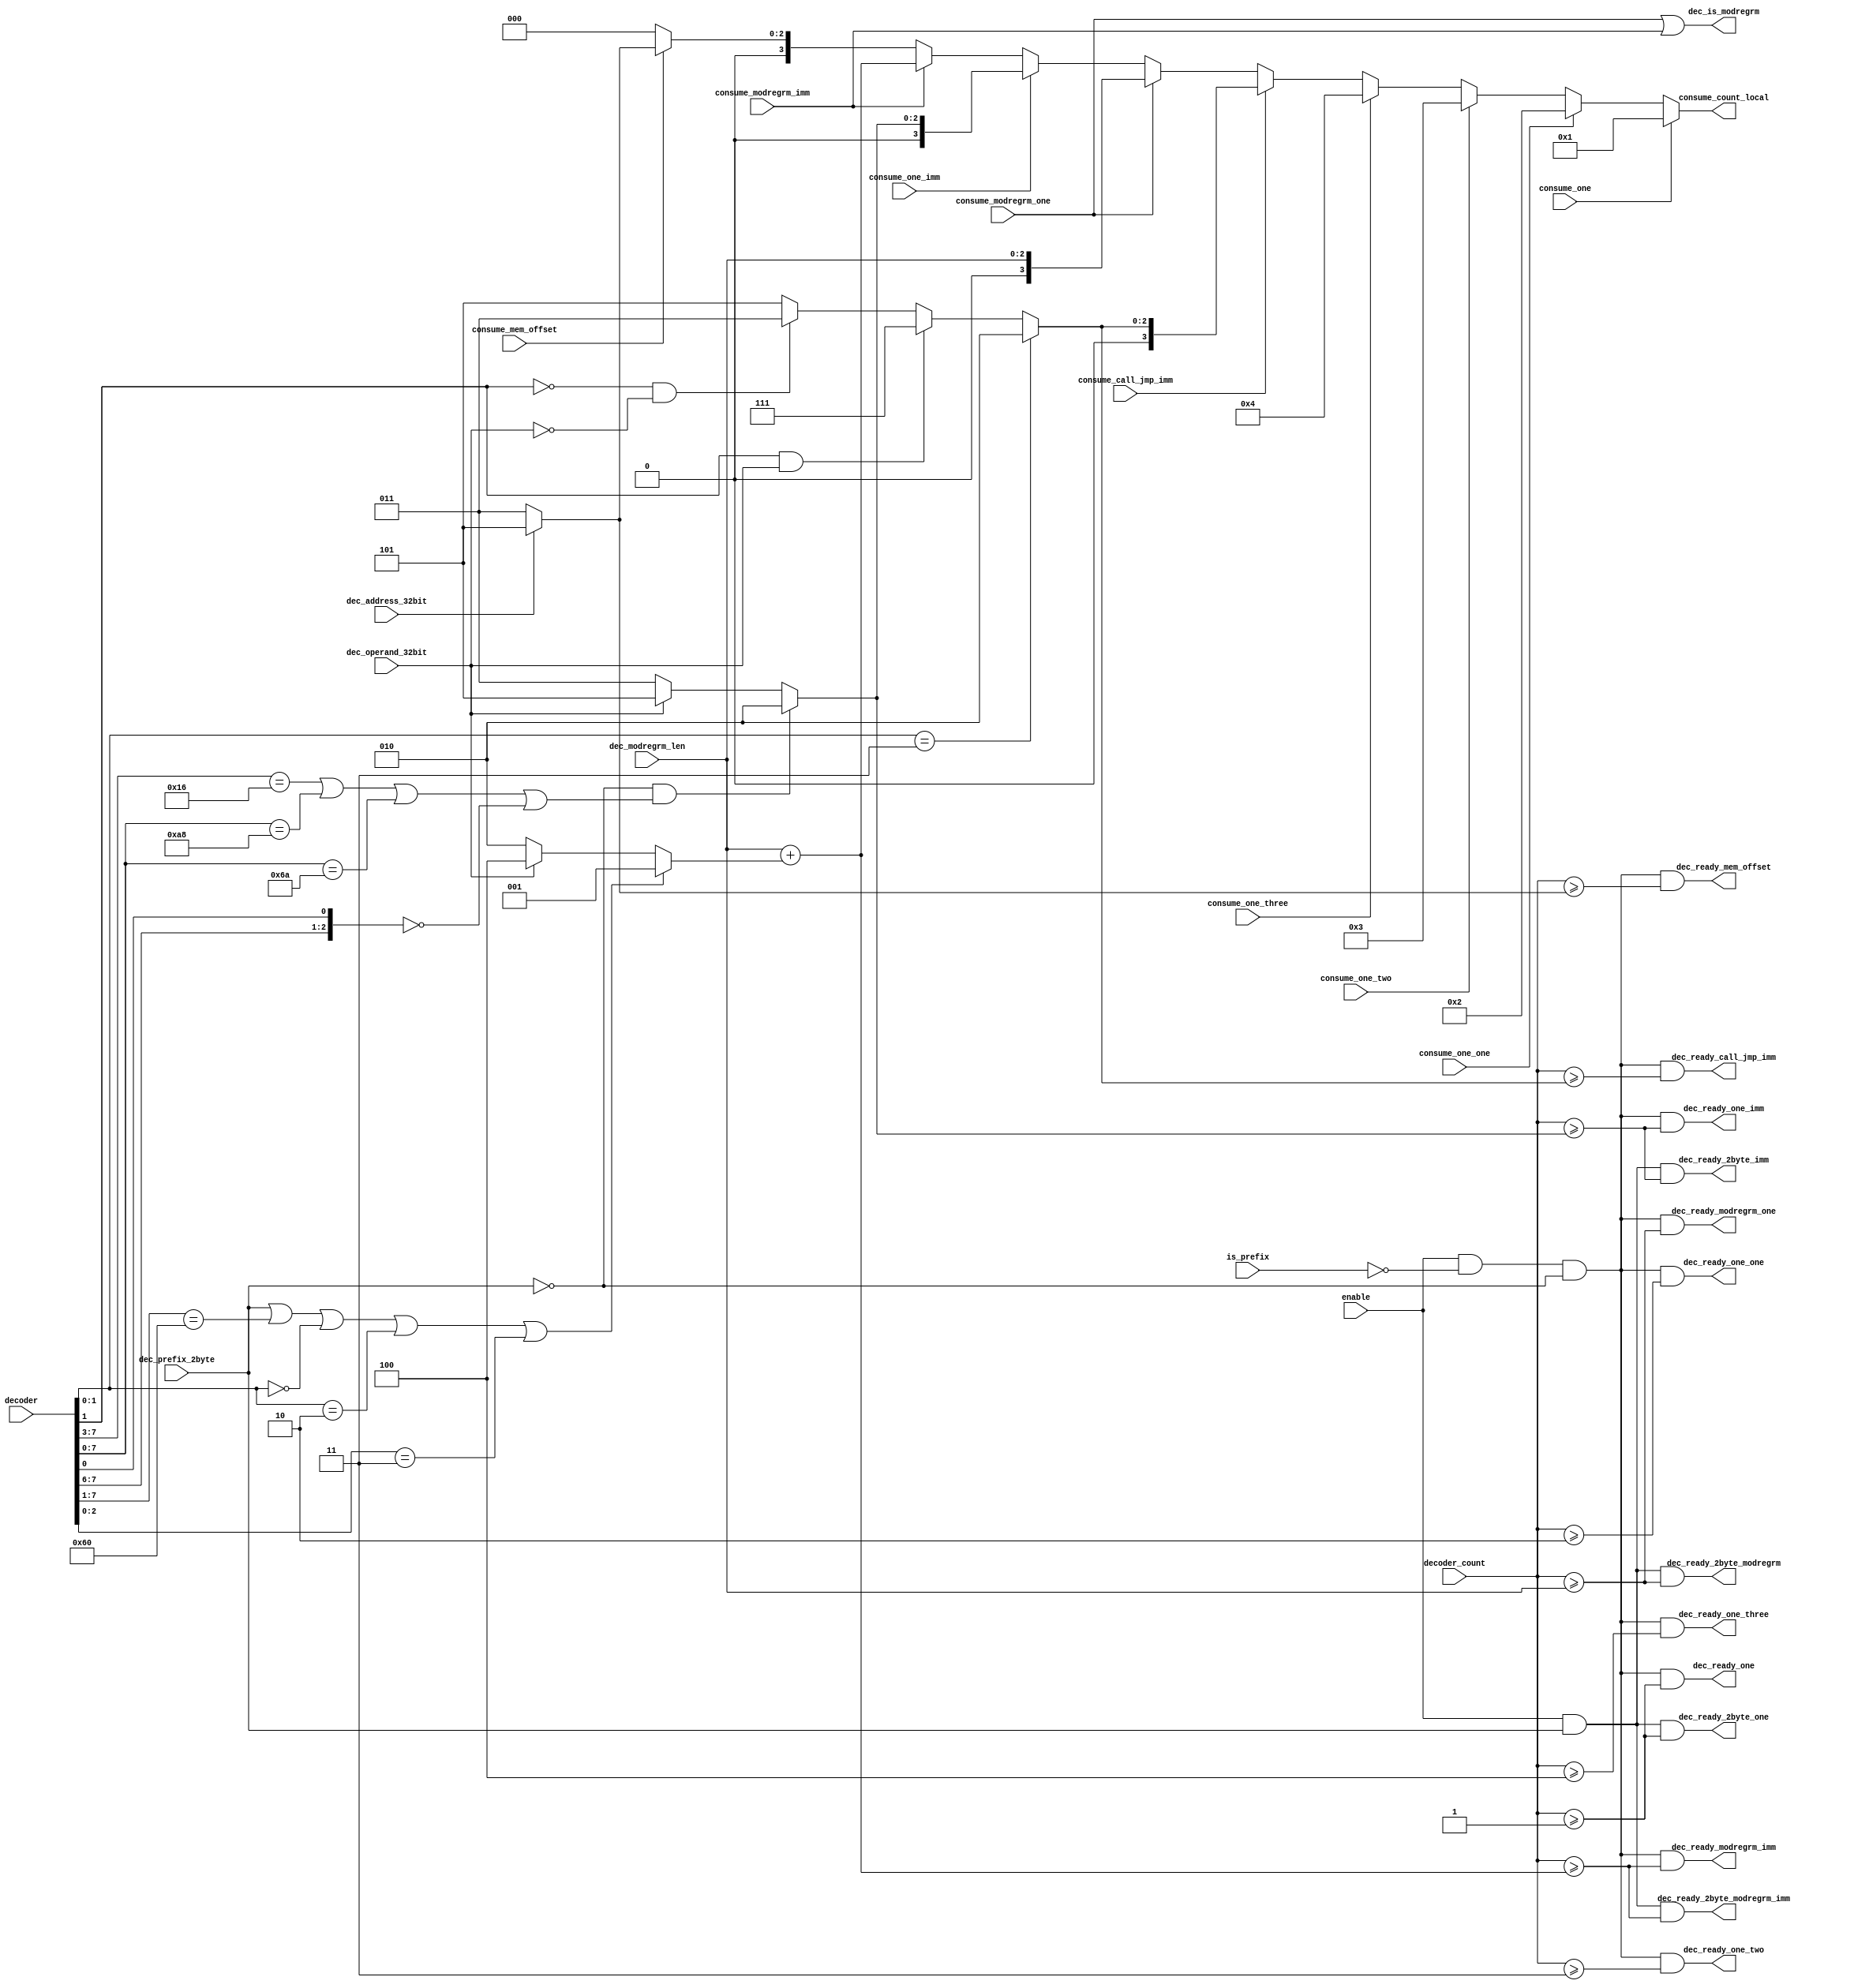
/*
 * Copyright (c) 2014, Aleksander Osman
 * All rights reserved.
 * 
 * Redistribution and use in source and binary forms, with or without
 * modification, are permitted provided that the following conditions are met:
 * 
 * * Redistributions of source code must retain the above copyright notice, this
 *   list of conditions and the following disclaimer.
 * 
 * * Redistributions in binary form must reproduce the above copyright notice,
 *   this list of conditions and the following disclaimer in the documentation
 *   and/or other materials provided with the distribution.
 * 
 * THIS SOFTWARE IS PROVIDED BY THE COPYRIGHT HOLDERS AND CONTRIBUTORS "AS IS"
 * AND ANY EXPRESS OR IMPLIED WARRANTIES, INCLUDING, BUT NOT LIMITED TO, THE
 * IMPLIED WARRANTIES OF MERCHANTABILITY AND FITNESS FOR A PARTICULAR PURPOSE ARE
 * DISCLAIMED. IN NO EVENT SHALL THE COPYRIGHT HOLDER OR CONTRIBUTORS BE LIABLE
 * FOR ANY DIRECT, INDIRECT, INCIDENTAL, SPECIAL, EXEMPLARY, OR CONSEQUENTIAL
 * DAMAGES (INCLUDING, BUT NOT LIMITED TO, PROCUREMENT OF SUBSTITUTE GOODS OR
 * SERVICES; LOSS OF USE, DATA, OR PROFITS; OR BUSINESS INTERRUPTION) HOWEVER
 * CAUSED AND ON ANY THEORY OF LIABILITY, WHETHER IN CONTRACT, STRICT LIABILITY,
 * OR TORT (INCLUDING NEGLIGENCE OR OTHERWISE) ARISING IN ANY WAY OUT OF THE USE
 * OF THIS SOFTWARE, EVEN IF ADVISED OF THE POSSIBILITY OF SUCH DAMAGE.
 */

module decode_ready(
    
    input               enable,
    input               is_prefix,
    input       [3:0]   decoder_count,
    
    input       [95:0]  decoder,
    
    input               dec_operand_32bit,
    input               dec_address_32bit,
    
    input               dec_prefix_2byte,
    input       [2:0]   dec_modregrm_len,
    
    
    output              dec_ready_one,
    output              dec_ready_one_one,
    output              dec_ready_one_two,
    output              dec_ready_one_three,
    output              dec_ready_2byte_one,
    output              dec_ready_modregrm_one,
    output              dec_ready_2byte_modregrm,
    output              dec_ready_call_jmp_imm,
    output              dec_ready_one_imm,
    output              dec_ready_2byte_imm,
    output              dec_ready_mem_offset,
    output              dec_ready_modregrm_imm,
    output              dec_ready_2byte_modregrm_imm,
    
    input               consume_one,
    input               consume_one_one,
    input               consume_one_two,
    input               consume_one_three,
    input               consume_call_jmp_imm,
    input               consume_modregrm_one,
    input               consume_one_imm,
    input               consume_modregrm_imm,
    input               consume_mem_offset,
    
    output      [3:0]   consume_count_local,
    output              dec_is_modregrm
);

//------------------------------------------------------------------------------

wire [2:0] call_jmp_imm_len;
wire [2:0] one_imm_len;
wire [2:0] mem_offset_len;

wire [2:0] modregrm_imm_only_len;
wire [3:0] modregrm_imm_len;

//------------------------------------------------------------------------------

assign dec_is_modregrm = consume_modregrm_one || consume_modregrm_imm;

//------------------------------------------------------------------------------

/* 
 * CALL imm:
 * (@decoder[7:0] == 8'h9A || @decoder[7:0] == 8'hE8)
 *      decoder[7:0] == 8'h9A && operand_32bit  --> 7
 *      decoder[7:0] == 8'h9A                   --> 5
 *      operand_32bit                           --> 5
 *                                              --> 3
 * 
 * JMP imm:
 * (@decoder[7:0] == 8'hEA || @decoder[7:0] == 8'hE9 || @decoder[7:0] == 8'hEB)
 *      decoder[7:0] == 8'hEB                   --> 2
 *      decoder[7:0] == 8'hEA && operand_32bit  --> 7
 *      decoder[7:0] == 8'hEA                   --> 5
 *      operand_32bit                           --> 5
 *                                              --> 3 
 */
assign call_jmp_imm_len =
    // 8'hEB
    (decoder[1:0] == 2'b11)?                      3'd2 :
    // (8'h9A or 8'hEA) and 32bit
    (decoder[1] == 1'b1 && dec_operand_32bit)?    3'd7 :
    // (8'hE8 or 8'hE9) and 16bit
    (decoder[1] == 1'b0 && ~(dec_operand_32bit))? 3'd3 :
    // else
                                                  3'd5;
                                                
/* Arithmetic:
 * @decoder[7:6] == 2'b00 && @decoder[2:1] == 2'b10
 *      decoder[0] == 1'b0                      --> 2
 *      operand_32bit                           --> 5
 *                                              --> 3
 * 
 * PUSH imm:
 * (@decoder[7:0] == 8'h6A || @decoder[7:0] == 8'h68)
 *      decoder[7:0] == 8'h6A                   --> 2
 *      operand_32bit                           --> 5
 *                                              --> 3
 * 
 * TEST imm:
 * { @decoder[7:1], 1'b0 } == 8'hA8
 *      decoder[0] == 1'b0                      --> 2
 *      operand_32bit                           --> 5
 *                                              --> 3
 * MOV imm:
 * @decoder[7:4] == 4'hB
 *      decoder[7:3] != 8'hB8                   --> 2
 *      operand_32bit                           --> 5
 *                                              --> 3
 * Jcc:
 * @decoder_ready_2byte_imm && @decoder[7:4] == 4'h8
 *      operand_32bit                           --> 5
 *                                              --> 3
 */
assign one_imm_len =
    (~(dec_prefix_2byte) && ({ decoder[7:3], 3'b0 } == 8'hB0 || decoder[7:0] == 8'hA8 || decoder[7:0] == 8'h6A ||
                             { decoder[7:6], decoder[0] } == 3'b000 ))?     3'd2 :
    (dec_operand_32bit)?                                                    3'd5 :
                                                                            3'd3;

assign mem_offset_len = (dec_address_32bit)? 3'd5 : 3'd3;

/* Arithmetic:
 * (@decoder[7:0] == 8'h80 || @decoder[7:0] == 8'h81 || @decoder[7:0] == 8'h83)
 *      decoder[7:0] == 8'h80 || decoder[7:0] == 8'h83              --> 1
 *      operand_32bit                                               --> 4
 *                                                                  --> 2
 * 
 * IMUL:
 * (@decoder[7:0] == 8'h69 || @decoder[7:0] == 8'h6B)
 *      decoder[7:0] == 8'h6B                                       --> 1
 *      operand_32bit                                               --> 4
 *                                                                  --> 2
 * 
 * TEST:
 *  { @decoder[7:1], 1'b0 } == 8'hF6 && { @decoder[13:12], 1'b0 } == 3'd0
 *      decoder[7:0] == 8'hF6                                       --> 1
 *      operand_32bit                                               --> 4
 *                                                                  --> 2
 * 
 * MOV:
 *  { @decoder[7:1], 1'b0 } == 8'hC6 && @decoder[13:11] == 3'd0
 *      decoder[7:0] == 8'hC6                                       --> 1
 *      operand_32bit                                               --> 4
 *                                                                  --> 2
 * 
 * Shift:
 *  { @decoder[7:1], 1'b0 } == 8'hC0                                --> 1
 *                                                                  
 * 
 * prefix_2byte                                                     --> 1
 */
assign modregrm_imm_only_len =
    (dec_prefix_2byte || { decoder[7:1], 1'b0 } == 8'hC0 || decoder[1:0] == 2'b00 || decoder[1:0] == 2'b10 || decoder[2:0] == 3'b011)?
                                                                            3'd1 :
    (dec_operand_32bit)?                                                    3'd4 :
                                                                            3'd2;


assign modregrm_imm_len = { 1'b0, dec_modregrm_len } + { 1'b0,  modregrm_imm_only_len };


//------------------------------------------------------------------------------

assign consume_count_local =
    (consume_one)?              4'd1 :
    (consume_one_one)?          4'd2 :
    (consume_one_two)?          4'd3 :
    (consume_one_three)?        4'd4 :
    (consume_call_jmp_imm)?     { 1'b0, call_jmp_imm_len } :
    (consume_modregrm_one)?     { 1'b0, dec_modregrm_len } :
    (consume_one_imm)?          { 1'b0, one_imm_len } :
    (consume_modregrm_imm)?     modregrm_imm_len :
    (consume_mem_offset)?       { 1'b0, mem_offset_len } :
                                4'd0;

//------------------------------------------------------------------------------

assign dec_ready_one                = enable && ~(is_prefix) && ~(dec_prefix_2byte) && decoder_count >= 4'd1;
    
assign dec_ready_one_one            = enable && ~(is_prefix) && ~(dec_prefix_2byte) && decoder_count >= 4'd2;

assign dec_ready_one_two            = enable && ~(is_prefix) && ~(dec_prefix_2byte) && decoder_count >= 4'd3;
    
assign dec_ready_one_three          = enable && ~(is_prefix) && ~(dec_prefix_2byte) && decoder_count >= 4'd4;

assign dec_ready_2byte_one          = enable && dec_prefix_2byte && decoder_count >= 4'd1;
    
assign dec_ready_modregrm_one       = enable && ~(is_prefix) && ~(dec_prefix_2byte) && decoder_count >= { 1'b0, dec_modregrm_len };

assign dec_ready_2byte_modregrm     = enable && dec_prefix_2byte && decoder_count >= { 1'b0, dec_modregrm_len };
    
assign dec_ready_call_jmp_imm       = enable && ~(is_prefix) && ~(dec_prefix_2byte) && decoder_count >= { 1'b0, call_jmp_imm_len };

assign dec_ready_one_imm            = enable && ~(is_prefix) && ~(dec_prefix_2byte) && decoder_count >= { 1'b0, one_imm_len };
    
assign dec_ready_2byte_imm          = enable && dec_prefix_2byte && decoder_count >= { 1'b0, one_imm_len };
    
assign dec_ready_mem_offset         = enable && ~(is_prefix) && ~(dec_prefix_2byte) && decoder_count >= { 1'b0, mem_offset_len };
    
assign dec_ready_modregrm_imm       = enable && ~(is_prefix) && ~(dec_prefix_2byte) && decoder_count >= modregrm_imm_len;
                                                                                                        
assign dec_ready_2byte_modregrm_imm = enable && dec_prefix_2byte && decoder_count >= modregrm_imm_len;

//------------------------------------------------------------------------------

//------------------------------------------------------------------------------

// synthesis translate_off
wire _unused_ok = &{ 1'b0, decoder[95:8], 1'b0 };
// synthesis translate_on

//------------------------------------------------------------------------------

endmodule